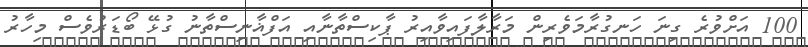
100 އަށްވުރެ ގިނަ ހަނގުރާމަވެރިން މަރާލާފައިވާއިރު ޕާކިސްތާނާއި އަފްޣާނިސްތާނު ގުޅޭ ބޯޑަރުވެސް މިހާރު